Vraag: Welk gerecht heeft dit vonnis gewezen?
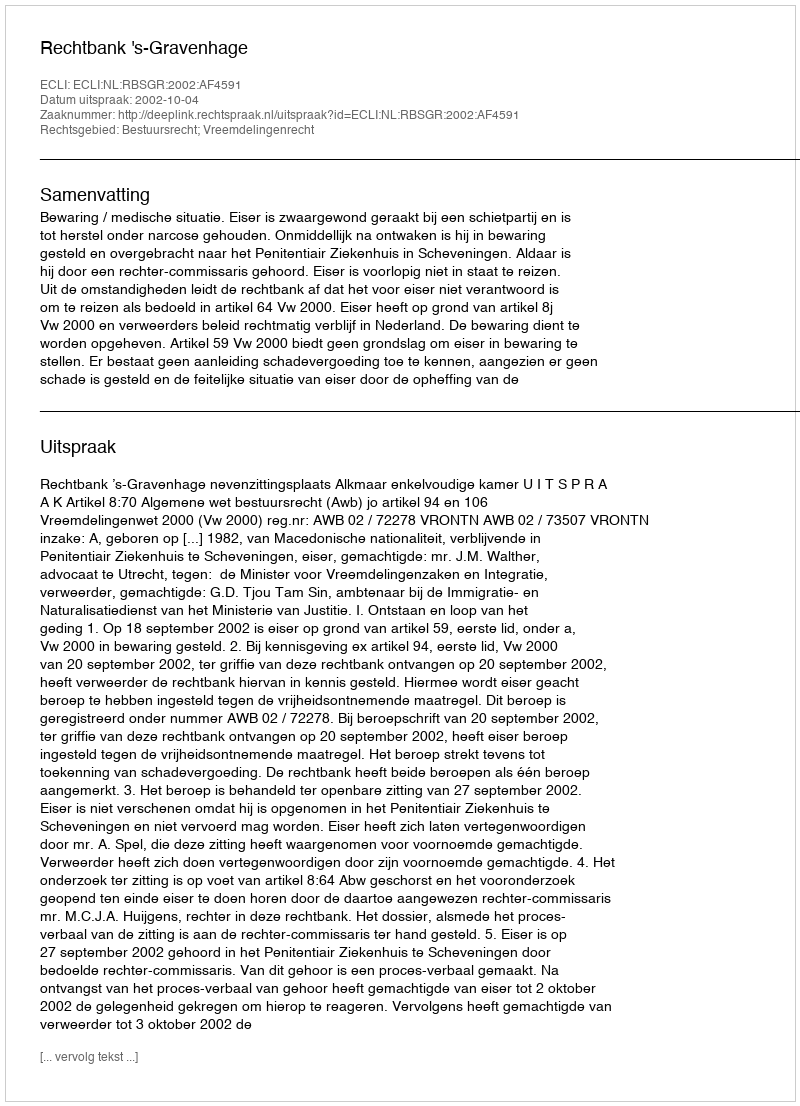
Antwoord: Rechtbank 's-Gravenhage